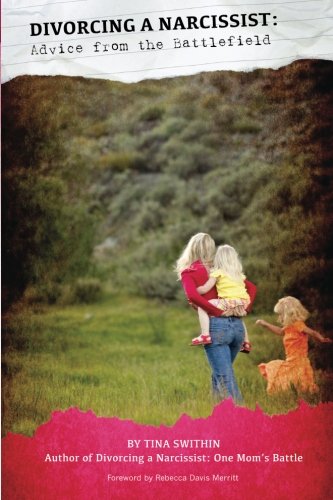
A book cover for Divorcing a Narcissist: Advice from the Battlefield; Tina Swithin; Parenting & Relationships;